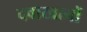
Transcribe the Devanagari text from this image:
दवाखानों